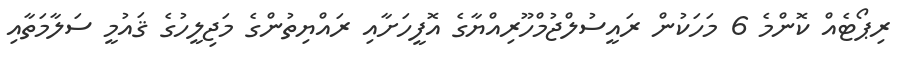
ރިޕޯޓެއް ކޮންމެ 6 މަހަކުން ރައީސުލްޖުމްހޫރިއްޔާގެ އޮފީހަށާއި ރައްޔިތުންގެ މަޖިލީހުގެ ޤައުމީ ސަލާމަތާއި